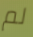
لم